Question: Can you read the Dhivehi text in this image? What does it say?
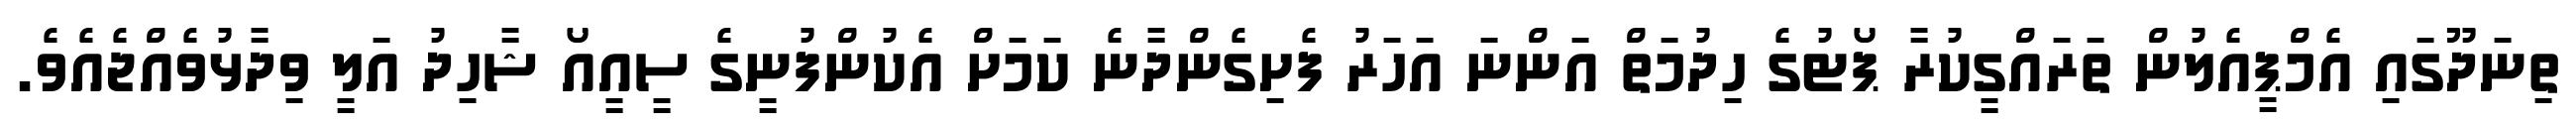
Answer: ތިނަދޫގައި އެމްޕީއެލުން ތަރައްގީކުރާ ޕޯޓުގެ ހިދުމަތް އަންނަ އަހަރު ފެށިގެންދާނެ ކަމަށް އެކުންފުނީގެ ސީއީއޯ ޝާހިދު އަލީ ވިދާޅުވެއްޖެއެވެ.